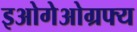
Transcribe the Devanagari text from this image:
इओगेओग्रफ्य